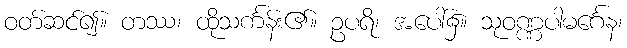
ဝတ်ဆင်၍။ တဿ၊ ထိုသင်္ကန်း၏။ ဥပရိ၊ အပေါ်၌။ သုဝဏ္ဏပါမင်္ဂေန၊